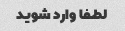
لطفا وارد شوید